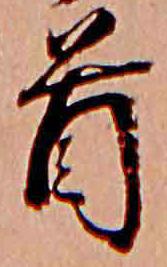
首